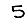
Digit: 5